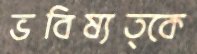
ভবিষ্যত্কে